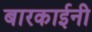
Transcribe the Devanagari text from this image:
बारकाईनी